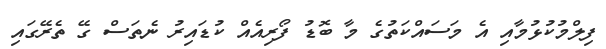
ފިލްމުކުޅުމާއި އެ މަސައްކަތުގެ މާ ބޮޑު ފޯރިއެއް ކުޑައިރު ނެތަސް ގޭ ތެރޭގައި